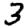
Digit: 3